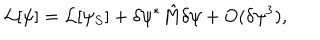
{ \cal L } [ \psi ] = { \cal L } [ \psi _ { S } ] + \delta \psi ^ { * } \hat { M } \delta \psi + O ( \delta \psi ^ { 3 } ) ,